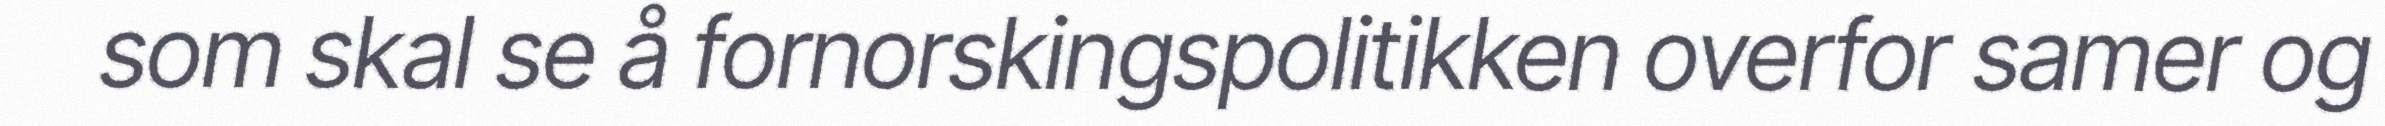
som skal se å fornorskingspolitikken overfor samer og